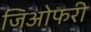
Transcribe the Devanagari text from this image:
जिओफरी